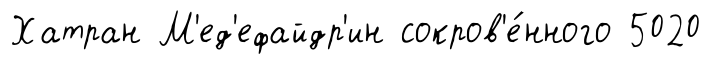
Хатран М'ед'ефайдр'ин сокров'е́нного 5020